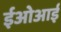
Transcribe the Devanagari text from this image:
ईओआई